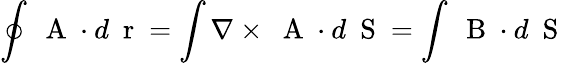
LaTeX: \oint\mathrm{~\mathbf~A~}\cdot d\mathrm{~\mathbf~r~}=\int\nabla\times\mathrm{~\mathbf~A~}\cdot d\mathrm{~\mathbf~S~}=\int\mathrm{~\mathbf~B~}\cdot d\mathrm{~\mathbf~S~}